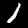
Label: 1